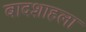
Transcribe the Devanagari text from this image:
बादशाहला